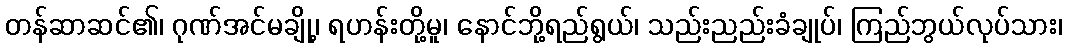
တန်ဆာဆင်၏၊ ဂုဏ်အင်မချို့၊ ရဟန်းတို့မူ၊ နောင်ဘို့ရည်ရွယ်၊ သည်းညည်းခံချုပ်၊ ကြည်ဘွယ်လုပ်သား၊